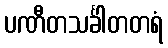
ပဏီတသင်္ခါတတရံ